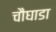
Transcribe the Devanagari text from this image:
चौघाडा